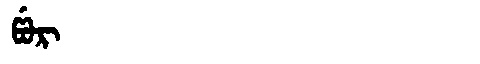
Manchu: ᡦᡠᡵ
Romanization: PUR